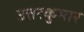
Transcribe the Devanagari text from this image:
उत्तरकुमार